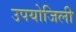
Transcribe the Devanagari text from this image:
उपयोजिली